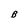
Character: B